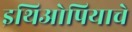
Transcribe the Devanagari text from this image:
इथिओपियाचे